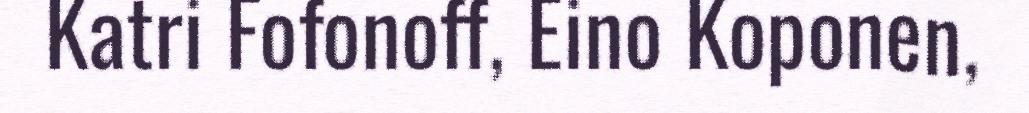
Katri Fofonoff, Eino Koponen,